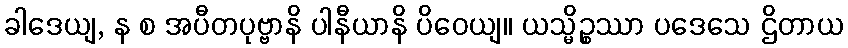
ခါဒေယျ, န စ အပီတပုဗ္ဗာနိ ပါနီယာနိ ပိဝေယျ။ ယသ္မိဉ္စဿာ ပဒေသေ ဌိတာယ